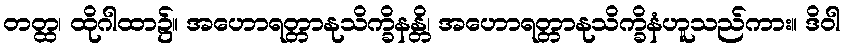
တတ္ထ၊ ထိုဂါထာ၌။ အဟောရတ္တာနုသိက္ခိနန္တိ၊ အဟောရတ္တာနုသိက္ခိနံဟူသည်ကား။ ဒိဝါ